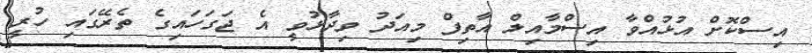
އިސްކޮށް އުޅުއްވާ އިސްމާއިލް އާތިފް މިއަދު ވިދާޅުވީ އެ ޖަގަހައިގެ ތެރޭގައި ހުރީ